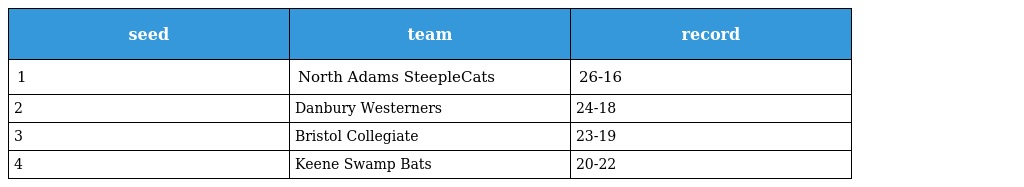
| seed | team | record |
 | --- | --- | --- |
 | 1 | North Adams SteepleCats | 26-16 |
 | 2 | Danbury Westerners | 24-18 |
 | 3 | Bristol Collegiate | 23-19 |
 | 4 | Keene Swamp Bats | 20-22 |